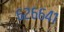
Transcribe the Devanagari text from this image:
६२६६४१